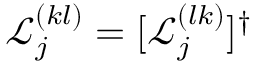
\mathcal { L } _ { j } ^ { ( k l ) } = [ \mathcal { L } _ { j } ^ { ( l k ) } ] ^ { \dagger }